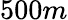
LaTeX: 500m